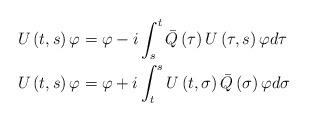
LaTeX: \begin{align*}U\left( t,s\right) \varphi & =\varphi-i\int_{s}^{t}\bar{Q}\left(\tau\right) U\left( \tau,s\right) \varphi d\tau\\U\left( t,s\right) \varphi & =\varphi+i\int_{t}^{s}U\left( t,\sigma\right) \bar{Q}\left( \sigma\right) \varphi d\sigma\end{align*}